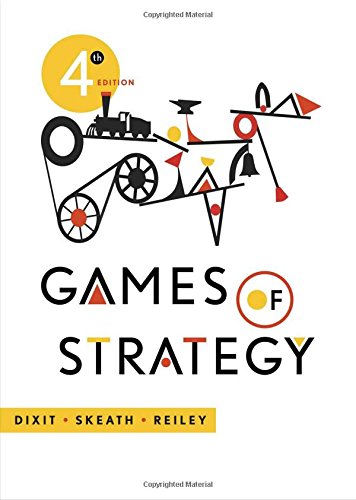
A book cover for Games of Strategy (Fourth Edition); Avinash K. Dixit; Science & Math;